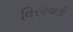
વિસાવાડી